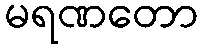
မရဏတော